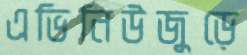
এভিনিউজুড়ে